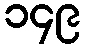
၁၄၉